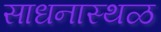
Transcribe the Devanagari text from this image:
साधनास्थळ